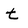
Character: t